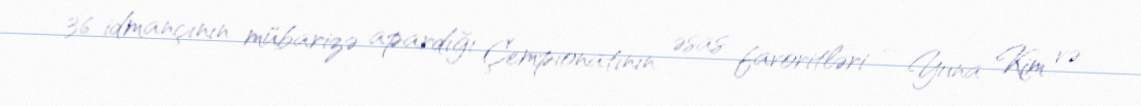
36 idmançının mübarizə apardığı Çempionatının əsas favoritləri – Yuna Kim və